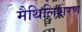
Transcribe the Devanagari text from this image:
मैथिलिशरण